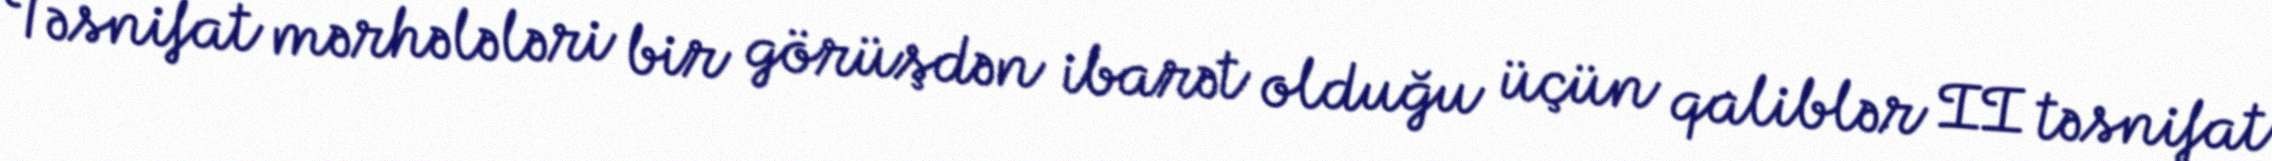
Təsnifat mərhələləri bir görüşdən ibarət olduğu üçün qaliblər II təsnifat